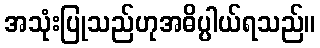
အသုံးပြုသည်ဟုအဓိပ္ပါယ်ရသည်။